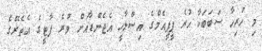
މި ހުރިހާ ސަބަބަކާ ހުރެ ޕީޕީއެމްގެ އިސްލާހީ އެޖެންޑާއަށް ވުރެ ޕާޓީގެ އެތެރޭގެ